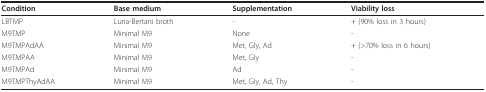
<table><thead><tr><td><b>Condition</b></td><td><b>Base medium</b></td><td><b>Supplementation</b></td><td><b>Viability loss</b></td></tr></thead><tbody><tr><td>LBTMP</td><td>Luria-Bertani broth</td><td>-</td><td>+ (90% loss in 3 hours)</td></tr><tr><td>M9TMP</td><td>Minimal M9</td><td>None</td><td>-</td></tr><tr><td>M9TMPAdAA</td><td>Minimal M9</td><td>Met, Gly, Ad</td><td>+ (&gt;70% loss in 6 hours)</td></tr><tr><td>M9TMPAA</td><td>Minimal M9</td><td>Met, Gly</td><td>-</td></tr><tr><td>M9TMPAd</td><td>Minimal M9</td><td>Ad</td><td>-</td></tr><tr><td>M9TMPThyAdAA</td><td>Minimal M9</td><td>Met, Gly, Ad, Thy</td><td>-</td></tr></tbody></table>